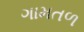
ગામતળ